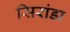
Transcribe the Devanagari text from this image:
सिरांडा